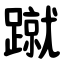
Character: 蹴